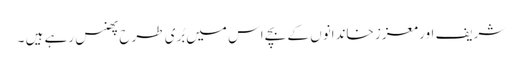
شریف اور معزز خاندانوں کے بچے اس میں بُری طرح پھنس رہے ہیں ۔